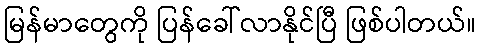
မြန်မာတွေကို ပြန်ခေါ်လာနိုင်ပြီ ဖြစ်ပါတယ်။